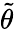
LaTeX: \tilde{\theta}